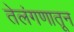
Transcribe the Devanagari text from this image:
तेलंगणातून